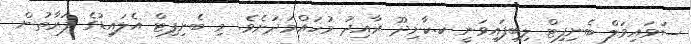
ސަވައިވަލް ބެނިފިޓް ލިބިފައިވަނީ ކ.ކާށިދޫ ރާއިދު މުހައްމަދަށެވެ. މި ބެނިފިޓް އެލައިޑުގެ ފަރާތުން